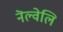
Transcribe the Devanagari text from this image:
नॆल्वेलि